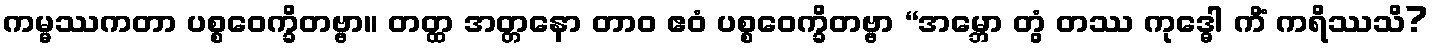
ကမ္မဿကတာ ပစ္စဝေက္ခိတဗ္ဗာ။ တတ္ထ အတ္တနော တာဝ ဧဝံ ပစ္စဝေက္ခိတဗ္ဗာ “အမ္ဘော တွံ တဿ ကုဒ္ဓေါ ကိံ ကရိဿသိ?